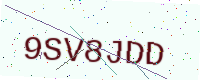
Text: 9SV8JDD